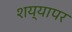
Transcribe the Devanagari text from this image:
शय्यापर